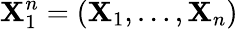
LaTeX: \mathbf{X}_{1}^{n}=(\mathbf{X}_{1},\ldots,\mathbf{X}_{n})